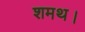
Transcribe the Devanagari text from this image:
शमथ।